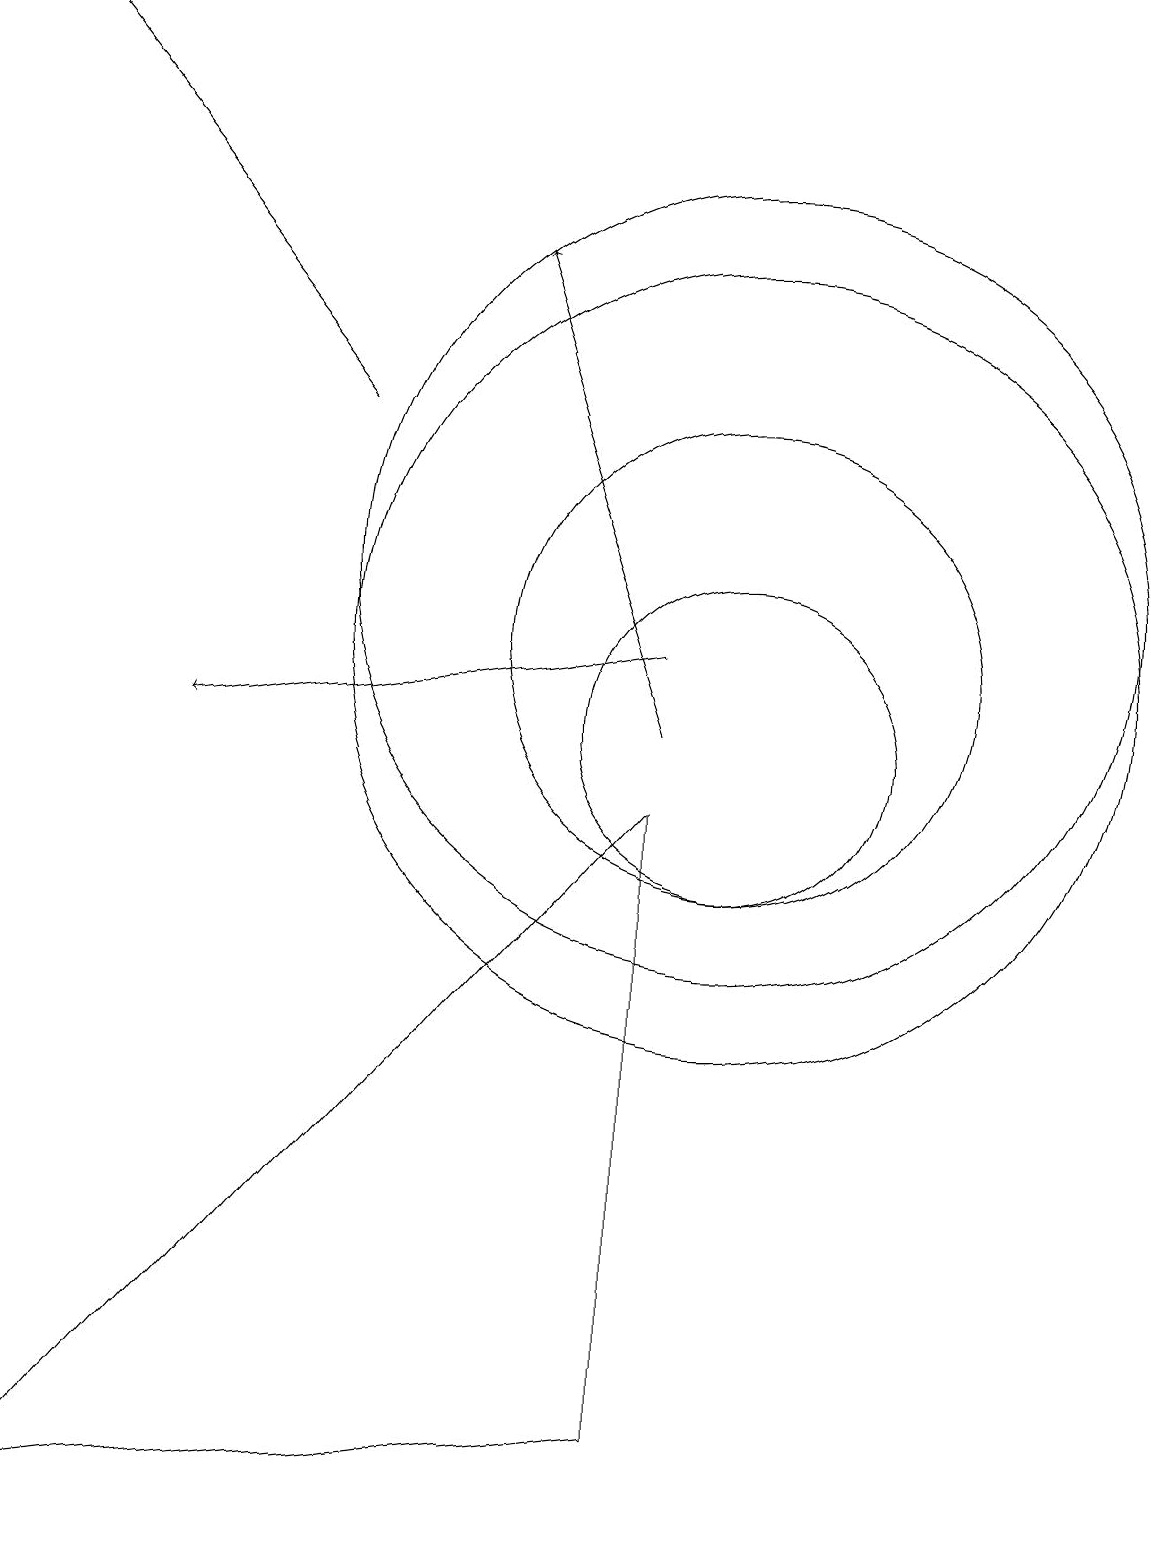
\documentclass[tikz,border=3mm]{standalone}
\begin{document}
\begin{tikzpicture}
\draw (1,0) -- (9,1) -- (9,9) -- cycle;
\draw (10,11) circle (5);
\draw[->] (9,11) -- (3,10);
\draw[->] (9,10) -- (7,16);
\draw (10,12) circle (5);
\draw (10,10) circle (2);
\draw (10,11) circle (3);
\draw[->] (5,14) -- (1,19);
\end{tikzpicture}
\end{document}